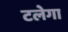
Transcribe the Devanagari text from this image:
टलेगा